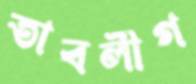
তাবলীগ